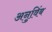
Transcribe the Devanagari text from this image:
अनुविंब